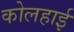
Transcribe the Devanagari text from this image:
कोलहाई